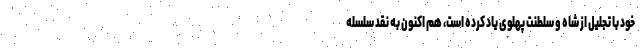
خود با تجلیل از شاه و سلطنت پهلوی یاد کرده است‌، هم اکنون به نقد سلسله